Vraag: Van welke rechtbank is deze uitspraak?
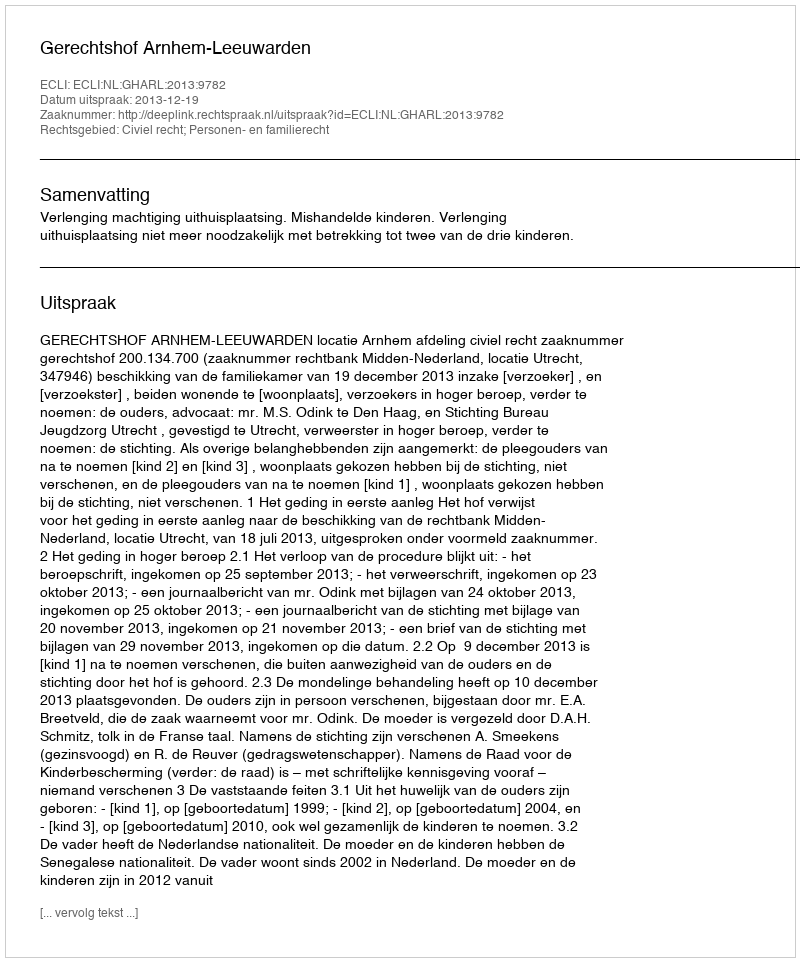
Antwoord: Gerechtshof Arnhem-Leeuwarden